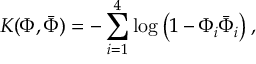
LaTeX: K ( \Phi , { \bar { \Phi } } ) = - \sum _ { i = 1 } ^ { 4 } \log \left( 1 - \Phi _ { i } { \bar { \Phi } } _ { i } \right) ,